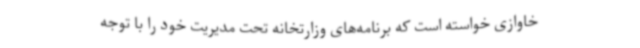
خاوازی خواسته است که برنامه‌های وزارتخانه تحت مدیریت خود را با توجه